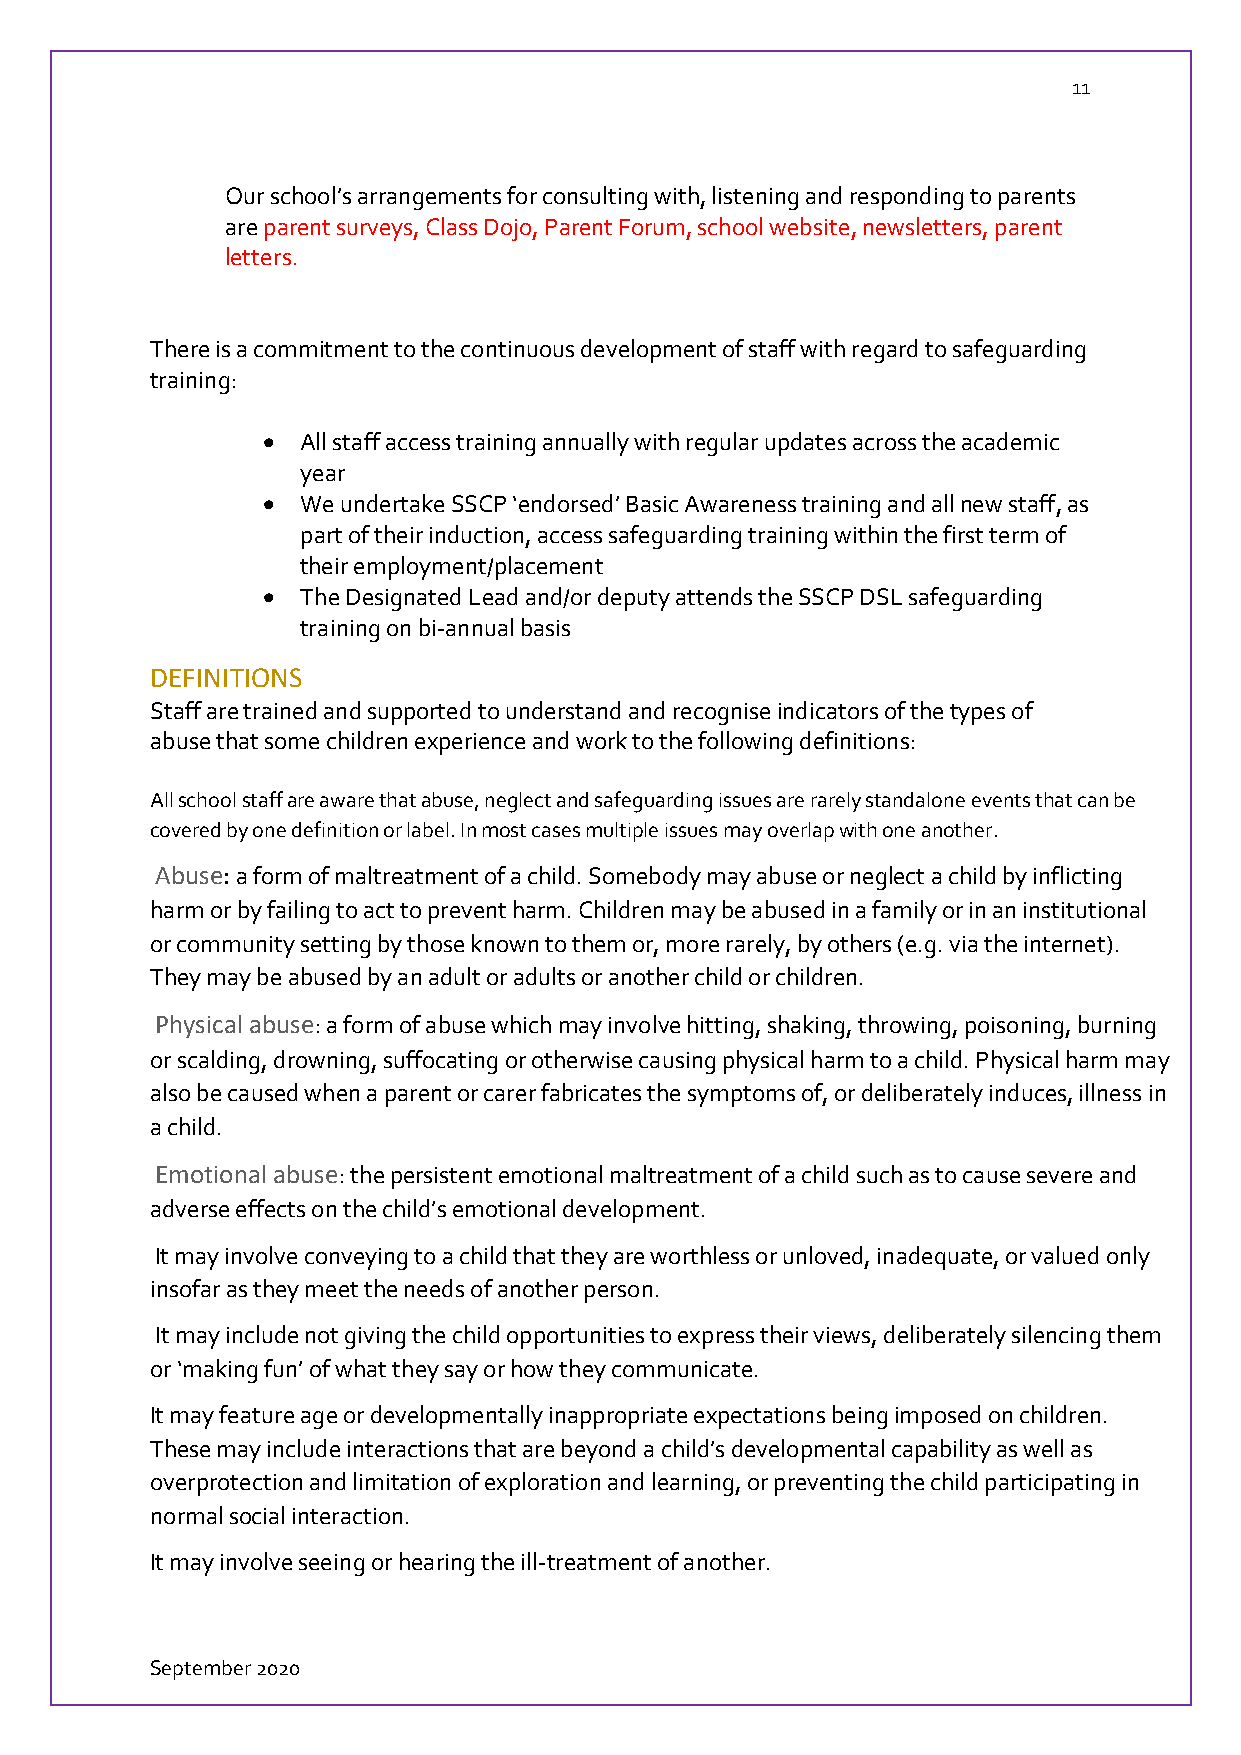
11
 Our school’s arrangements for consulting with, listening and responding to parents
 are parent surveys, Class Dojo, Parent Forum, school website, newsletters, parent
 letters.
 There is a commitment to the continuous development of staff with regard to safeguarding
 training:
   All staff access training annually with regular updates across the academic
 year
   We undertake SSCP ‘endorsed’ Basic Awareness training and all new staff, as
 part of their induction, access safeguarding training within the first term of
 their employment/placement
   The Designated Lead and/or deputy attends the SSCP DSL safeguarding
 training on bi-annual basis
 DEFINITIONS
 Staff are trained and supported to understand and recognise indicators of the types of
 abuse that some children experience and work to the following definitions:
 All school staff are aware that abuse, neglect and safeguarding issues are rarely standalone events that can be
 covered by one definition or label. In most cases multiple issues may overlap with one another.
 Abuse: a form of maltreatment of a child. Somebody may abuse or neglect a child by inflicting
 harm or by failing to act to prevent harm. Children may be abused in a family or in an institutional
 or community setting by those known to them or, more rarely, by others (e.g. via the internet).
 They may be abused by an adult or adults or another child or children.
 Physical abuse: a form of abuse which may involve hitting, shaking, throwing, poisoning, burning
 or scalding, drowning, suffocating or otherwise causing physical harm to a child. Physical harm may
 also be caused when a parent or carer fabricates the symptoms of, or deliberately induces, illness in
 a child.
 Emotional abuse: the persistent emotional maltreatment of a child such as to cause severe and
 adverse effects on the child’s emotional development.
 It may involve conveying to a child that they are worthless or unloved, inadequate, or valued only
 insofar as they meet the needs of another person.
 It may include not giving the child opportunities to express their views, deliberately silencing them
 or ‘making fun’ of what they say or how they communicate.
 It may feature age or developmentally inappropriate expectations being imposed on children.
 These may include interactions that are beyond a child’s developmental capability as well as
 overprotection and limitation of exploration and learning, or preventing the child participating in
 normal social interaction.
 It may involve seeing or hearing the ill-treatment of another.
 September 2020